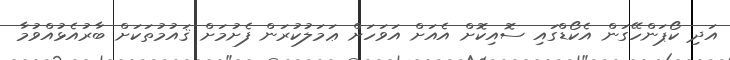
އަދި ކޯޕަންހޭގަން އެކޯޑްގައި ސޮއިކޮށް އެއަށް އަވަހަށް ޢަމަލުކުރަން ފެށުމަށް ޤައުމުތަކަށް ބާރުއެޅުއްވުމާ